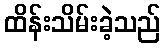
ထိန်းသိမ်းခဲ့သည်